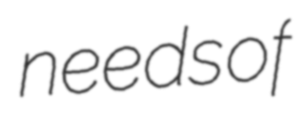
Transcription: needs of